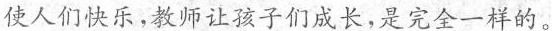
使人们快乐，教师让孩子们成长，是完全一样的。